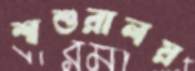
শ্বশুরালয়